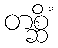
တစ္ဆိံ